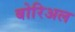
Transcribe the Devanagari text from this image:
बोरिअल